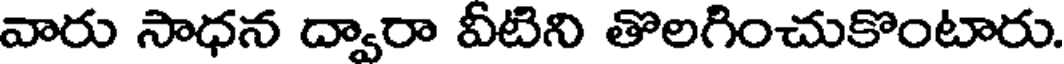
వారు సాధన ద్వారా వీటిని తొలగించుకొంటారు